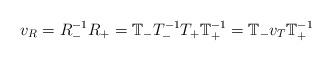
\begin{align*} v_R=R_-^{-1} R_+ = \mathbb{T}_- T_-^{-1} T_+ \mathbb{T}_+^{-1}=\mathbb{T}_-v_T\mathbb{T}_+^{-1} \end{align*}